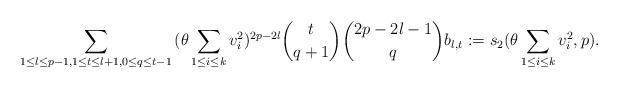
LaTeX: \begin{align*} \sum_{1 \leq l \leq p-1, 1 \leq t \leq l+1,0 \leq q \leq t-1}{(\theta \sum_{1 \leq i \leq k}{v^2_i})^{2p-2l}\binom{t}{q+1} \binom{2p-2l-1}{q}b_{l,t}}:=s_2(\theta\sum_{1 \leq i \leq k}{v^2_i},p).\end{align*}